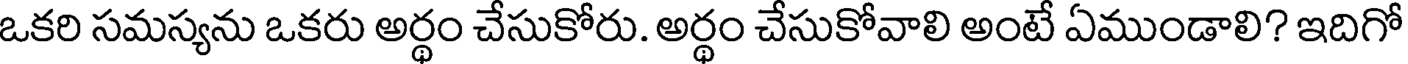
ఒకరి సమస్యను ఒకరు అర్థం చేసుకోరు. అర్థం చేసుకోవాలి అంటే ఏముండాలి? ఇదిగో